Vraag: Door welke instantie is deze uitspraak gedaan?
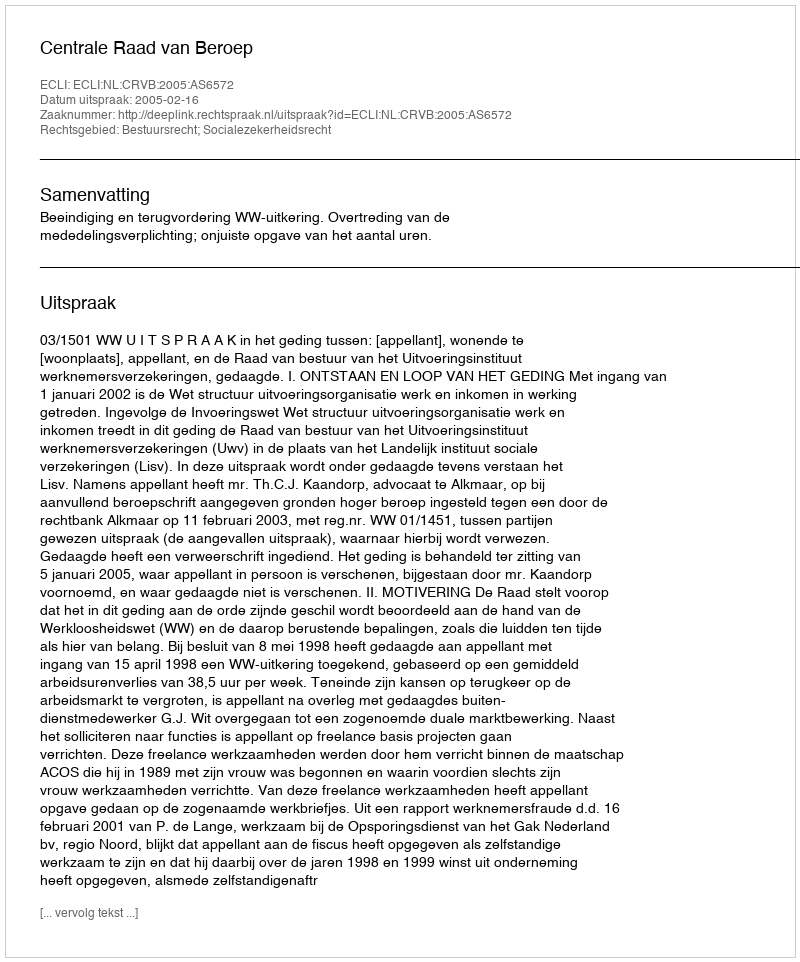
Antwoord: Centrale Raad van Beroep